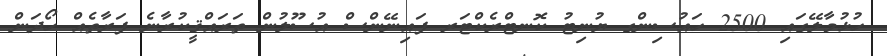
ހުޅުމާލޭގައި 2500 ހައުސިންގ ޔުނިޓު ކޮނޓްރެކްޓަރ ފައިނޭންސް އުސޫލުން ތަރައްޤީކުރާނެ ފަރާތެއް ހޯދަން